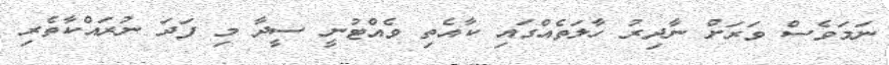
ނަމަވެސް ވަރަށް ނާދިރު ހާލަތެއްގައި ކާއެތި ވެއްޓުނީ ސީދާ މި ފަދަ ނުރައްކާތެރި